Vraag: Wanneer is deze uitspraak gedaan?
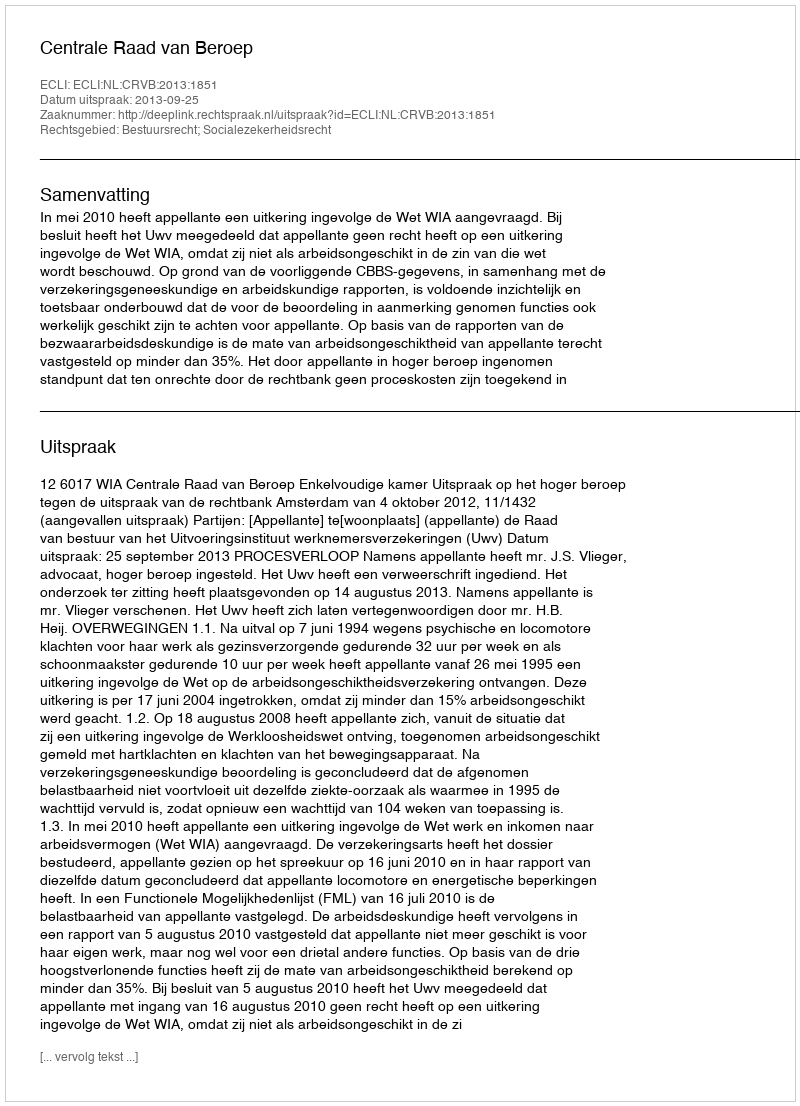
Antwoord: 2013-09-25